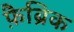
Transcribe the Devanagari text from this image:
फ़ैब्रिक